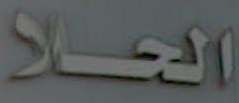
الحلا